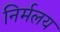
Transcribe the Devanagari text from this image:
निर्मलय